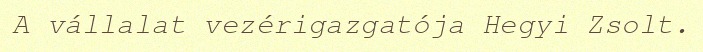
A vállalat vezérigazgatója Hegyi Zsolt.